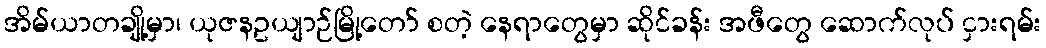
အိမ်ယာတချို့မှာ၊ ယုဇနဥယျာဉ်မြို့တော် စတဲ့ နေရာတွေမှာ ဆိုင်ခန်း အဖီတွေ ဆောက်လုပ် ငှားရမ်း